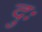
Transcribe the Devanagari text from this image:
दुः